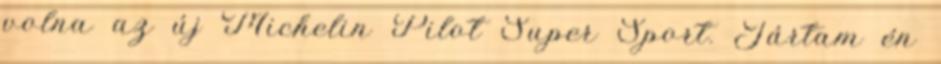
volna az új Michelin Pilot Super Sport. Jártam én